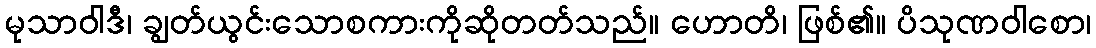
မုသာဝါဒီ၊ ချွတ်ယွင်းသောစကားကိုဆိုတတ်သည်။ ဟောတိ၊ ဖြစ်၏။ ပိသုဏဝါစော၊